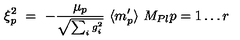
\xi _ { p } ^ { 2 } \ = \ - \frac { \mu _ { p } } { \scriptstyle { \sqrt { \sum _ { i } g _ { i } ^ { 2 } } } } \ \langle m _ { p } ^ { \prime } \rangle \ M _ { P l } p = 1 \ldots r